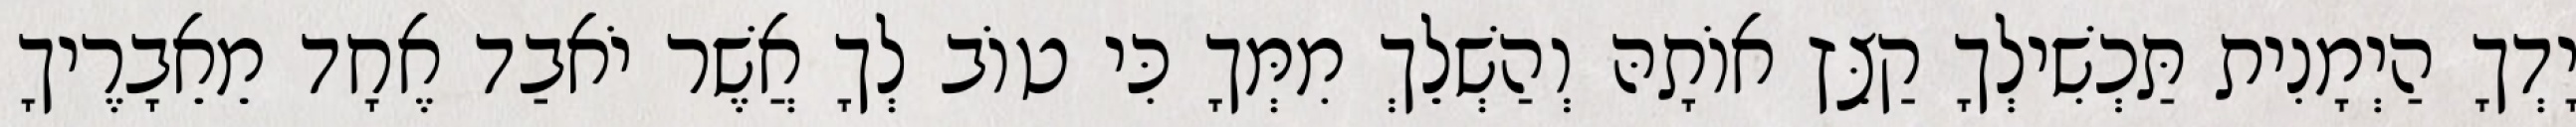
יָדְךָ הַיְמָנִית תַּכְשִׁילְךָ קַצֵּץ אוֹתָהּ וְהַשְׁלֵךְ מִמְּךָ כִּי טוֹב לְךָ אֲשֶׁר יֹאבַד אֶחָד מֵאֵבָרֶיךָ